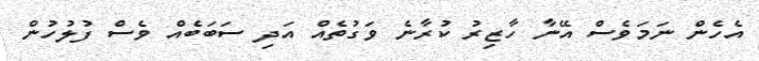
އެހެން ނަމަވެސް އޭނާ ހާޒިރު ކުރާނެ ވަގުތެއް އަދި ސަބަބެއް ވެސް ފުލުހުން